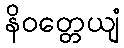
နိဝတ္တေယျံ